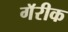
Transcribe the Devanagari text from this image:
गॅरीक